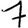
Digit: 7